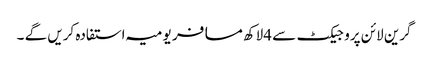
گرین لائن پروجیکٹ سے 4لاکھ مسافر یومیہ استفادہ کریں گے ۔